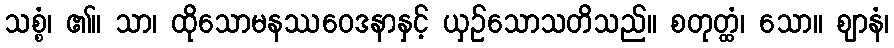
သစ္စံ၊ ၏။ သာ၊ ထိုသောမနဿဝေဒနာနှင့် ယှဉ်သောသတိသည်။ စတုတ္ထံ၊ သော။ ဈာနံ၊